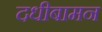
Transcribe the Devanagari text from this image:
दधीबामन